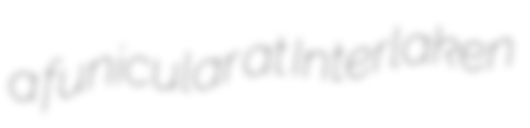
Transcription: a funicular at Interlaken